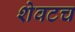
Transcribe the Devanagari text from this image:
शेवटच